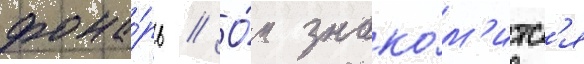
фона́рь // О́н знако́м'итс'я